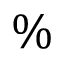
\%